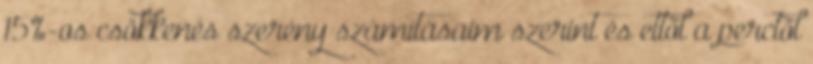
15%-os csökkenés szerény számításaim szerint és ettől a perctől